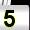
Digit: 5